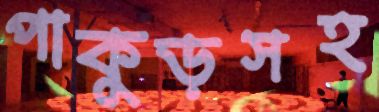
পাকুড়সহ